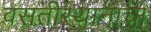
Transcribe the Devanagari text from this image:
वसतीस्थानाचा